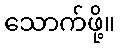
သောက်ဖို့။